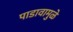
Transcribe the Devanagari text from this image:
पाडावामुळे